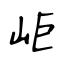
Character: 岠